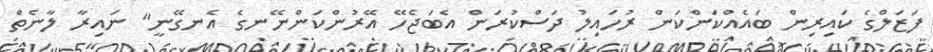
ފަޒަލްގެ ކައިރިން ބައެއްކަންކަން ރުހައިލު ދަސްކުރަން އެބަޖެހޭ އޭރުންކަންނޭނގެ އެނގޭނީ" ނައިރާ ލާނެތް